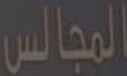
المجالس